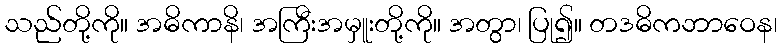
သည်တို့ကို။ အဓိကာနိ၊ အကြီးအမှူးတို့ကို။ အတွာ၊ ပြု၍။ တဒဓိကဘာဝေန၊